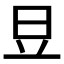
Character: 𣅋